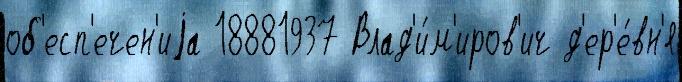
об'есп'ечен'иjа 18881937 Влад'и́м'иров'ич д'ер'е́вн'я